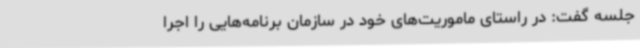
جلسه گفت: در راستای ماموریت‌های خود در سازمان برنامه‌هایی را اجرا